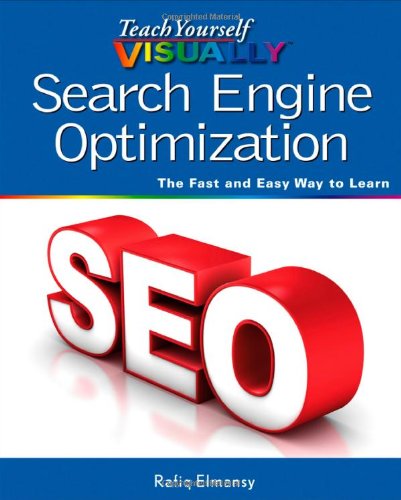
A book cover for Teach Yourself VISUALLY Search Engine Optimization (SEO); Rafiq Elmansy; Computers & Technology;